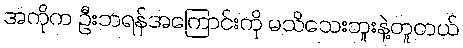
အကိုက ဦးဘရန်အကြောင်းကို မသိသေးဘူးနဲ့တူတယ်